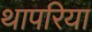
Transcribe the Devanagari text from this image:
थापरिया